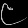
Digit: ၉